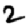
Digit: 2